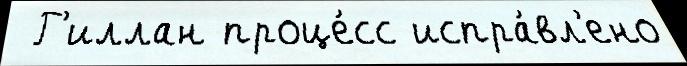
 Г'иллан проце́сс испра́вл'ено